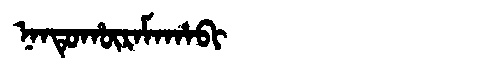
Manchu: ᠨᠠᠨᡨᡠᡥᡡᡵᠠᠮᠠᡥᠠᠪᡳ
Romanization: NANTUHŪRAMAHABI